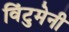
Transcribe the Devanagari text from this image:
विंटुमेनी